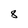
Character: 8